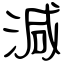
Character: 減